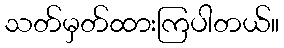
သတ်မှတ်ထားကြပါတယ်။